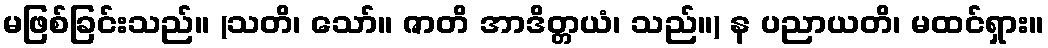
မဖြစ်ခြင်းသည်။ (သတိ၊ သော်။ ဇာတိ အာဒိတ္တယံ၊ သည်။) န ပညာယတိ၊ မထင်ရှား။